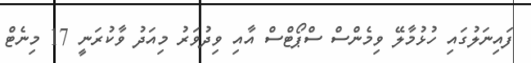
ފައިނަލުގައި ހުޅުމާލޭ ވިމެންސް ސްޕޯޓްސް އާއި ވިދުވަރު މިއަދު ވާކުރަނީ 17 މިނެޓް